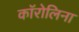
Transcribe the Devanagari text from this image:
काॅरोलिना